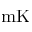
\mathrm { m K }